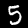
Digit: 5